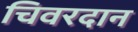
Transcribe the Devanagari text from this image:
चिवरदान